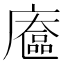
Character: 𢋔